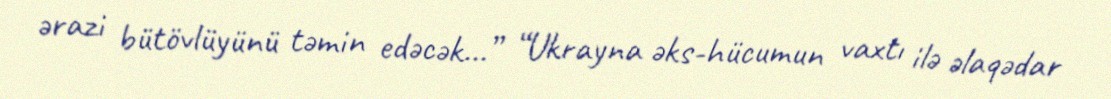
ərazi bütövlüyünü təmin edəcək...” “Ukrayna əks-hücumun vaxtı ilə əlaqədar